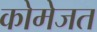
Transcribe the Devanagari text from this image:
कोमेजत